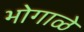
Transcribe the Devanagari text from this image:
भोगाळे